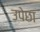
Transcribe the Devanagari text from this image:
उपेछा